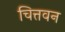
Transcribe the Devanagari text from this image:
चित्तवन